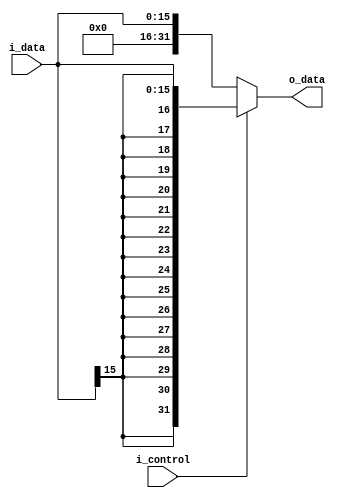
module signExtend(i_data, i_control, o_data);
	
	input   [15:0]  i_data;
	input           i_control;
	output  [31:0]  o_data;

	assign o_data = (i_control)?({{16{i_data[15]}},i_data[15:0]}):({{16{i_control}},i_data[15:0]});

endmodule